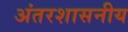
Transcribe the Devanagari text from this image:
अंतरशासनीय